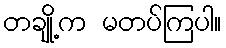
တချို့က မတပ်ကြပါ။